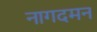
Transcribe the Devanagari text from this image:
नागदमन